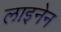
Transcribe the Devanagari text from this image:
लाइनेन